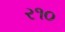
ર૧૦